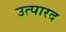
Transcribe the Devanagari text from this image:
उत्पारद